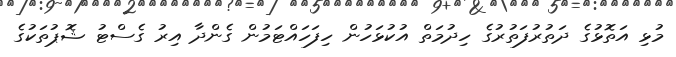
މުޅި އަތޮޅުގެ ދަތުރުފަތުރުގެ ހިދުމަތް އުކުޅަހުން ހިފަހައްޓަމުން ގެންދާ އިރު ގެސްޓު ޝޮޕުތަކުގެ